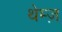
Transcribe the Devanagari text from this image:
थेम्ज़